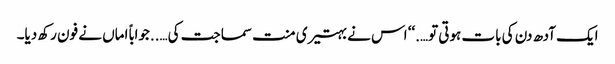
ایک آدھ دن کی بات ہوتی تو….‘‘ اس نے بہتیری منت سماجت کی…..جواباً اماں نے فون رکھ دیا۔